NAE_ERA_R-30_Eesti_Riiklik_Spordiamet, lk 26
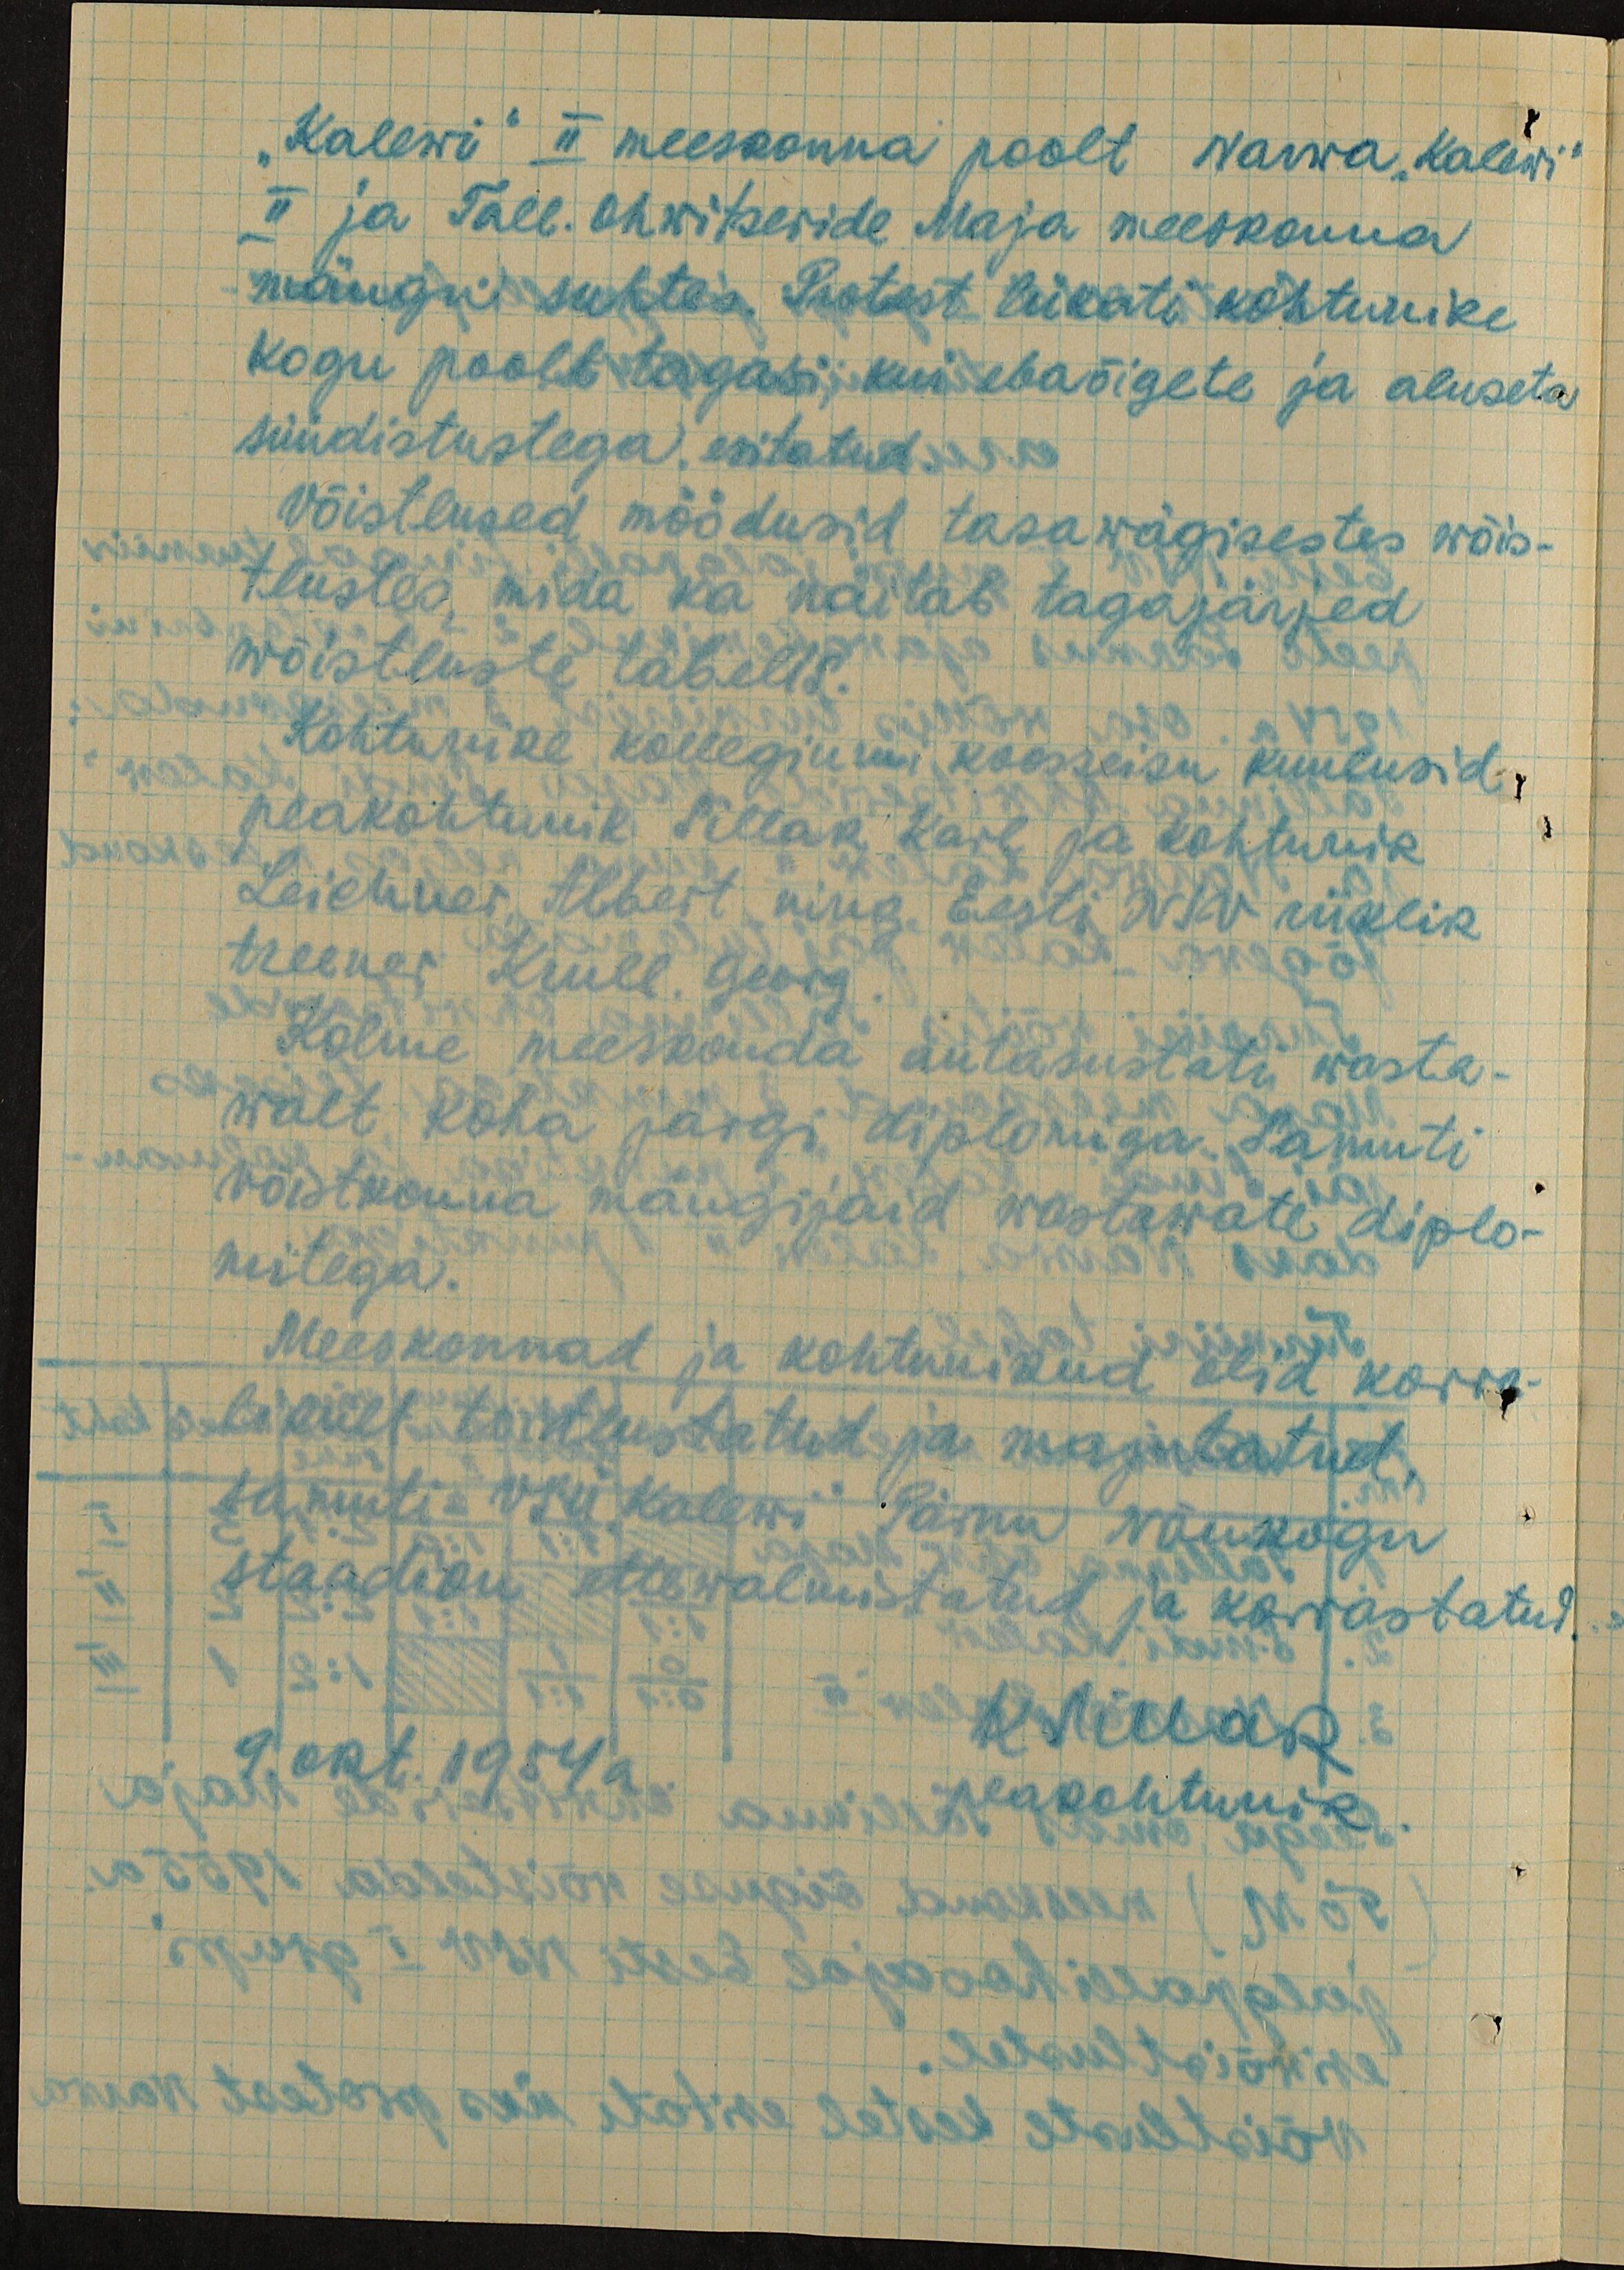
"Kalewi" II meeskonna poolt Narwa "Kalewi"
II ja Tall. Ohwitseride Maja meeskonna
mängu suhtes. Protest lükati kohtunike
kogu poolt tagasi, kui ebaõigete ja aluseta
süüdistustega esitatud.
Võistlused möödusid tasawägisestes wõis-
tlustes, mida ka näitab tagajärjed
wõistluste tabelis.
Kohtunike kollegiumi koosseisu kuulusid
peakohtunik Sillak, Karl ja kohtunik
Leichner, Albert ning Eesti NSV riiklik
treener Krull, Georg.
Kolme meeskonda autasustati wasta-
walt koha järgi diplomiga. Samuti
võistkonna mängijaid wastawate diplo-
mitega.
Meeskonnad ja kohtunikud olid korra-
likult toitlustatud ja majutatud,
samuti VSÜ "Kalewi" Pärnu Nõukogu
staadion ettewalmistatud ja korrastatud.
KSillak
9. okt.1954a.
peakohtunik.